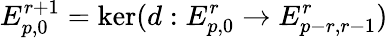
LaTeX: E_{p,0}^{r+1}=\ker(d:E_{p,0}^{r}\to E_{p-r,r-1}^{r})